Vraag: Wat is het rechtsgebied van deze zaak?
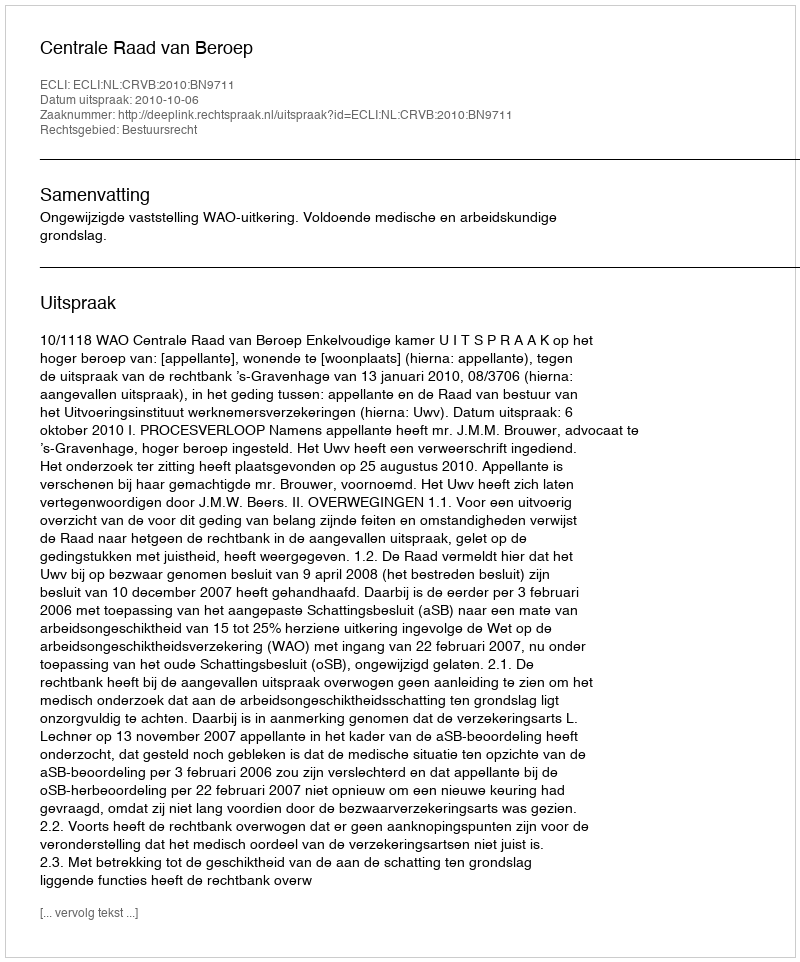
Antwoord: Bestuursrecht